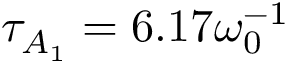
\tau _ { A _ { 1 } } = 6 . 1 7 \omega _ { 0 } ^ { - 1 }